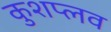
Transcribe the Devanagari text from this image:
कुशप्लव